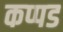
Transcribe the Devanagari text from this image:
कप्पड